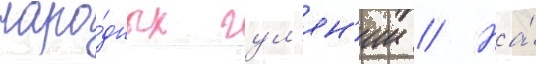
наро́дных гул'ян'ии // На́